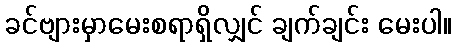
ခင်ဗျားမှာမေးစရာရှိလျှင် ချက်ချင်း မေးပါ။